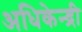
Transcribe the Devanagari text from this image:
अधिकेन्द्री